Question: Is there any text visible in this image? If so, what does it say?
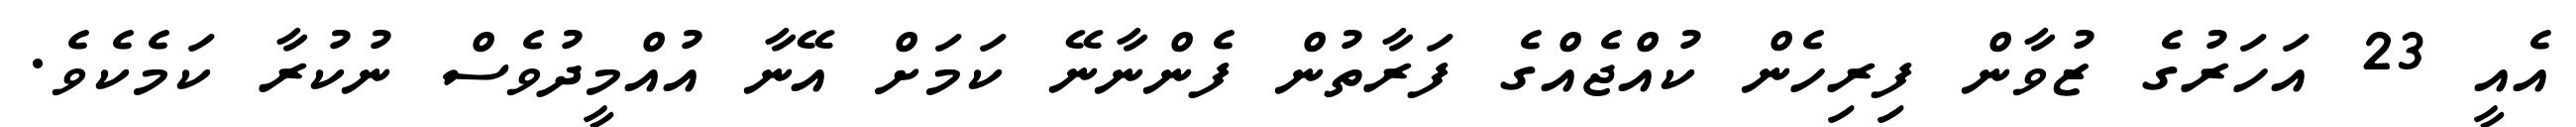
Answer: އެއީ 23 އަހަރުގެ ޒުވާން ފިރިހެން ކުއްޖެއްގެ ފަރާތުން ފެންނާނޭ ކަމަށް އޭނާ އުއްމީދުވެސް ނުކުރާ ކަމެކެވެ.